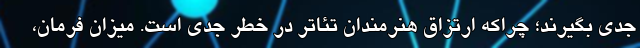
جدی بگیرند؛ چراکه ارتزاق هنرمندان تئاتر در خطر جدی است. میزان فرمان،